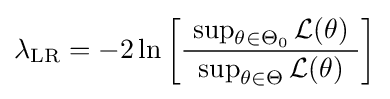
\lambda _{\text{LR}}=-2\ln \left[{\frac {~\sup _{\theta \in \Theta _{0}}{\mathcal {L}}(\theta )~}{~\sup _{\theta \in \Theta }{\mathcal {L}}(\theta )~}}\right]